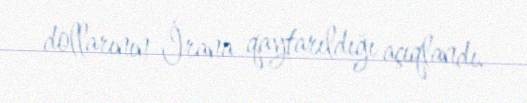
dollarının İrana qaytarıldığı açıqlandı.